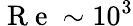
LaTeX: \mathrm{~R~e~}\sim 10^{3}